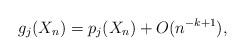
LaTeX: \begin{align*}g_j(X_n)= p_j(X_n)+O(n^{-k+1}),\end{align*}